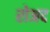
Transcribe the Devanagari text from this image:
रोअद